65_HS1-834228961_62-HQ-83894_Section_8
Agency: FBI
Page 169
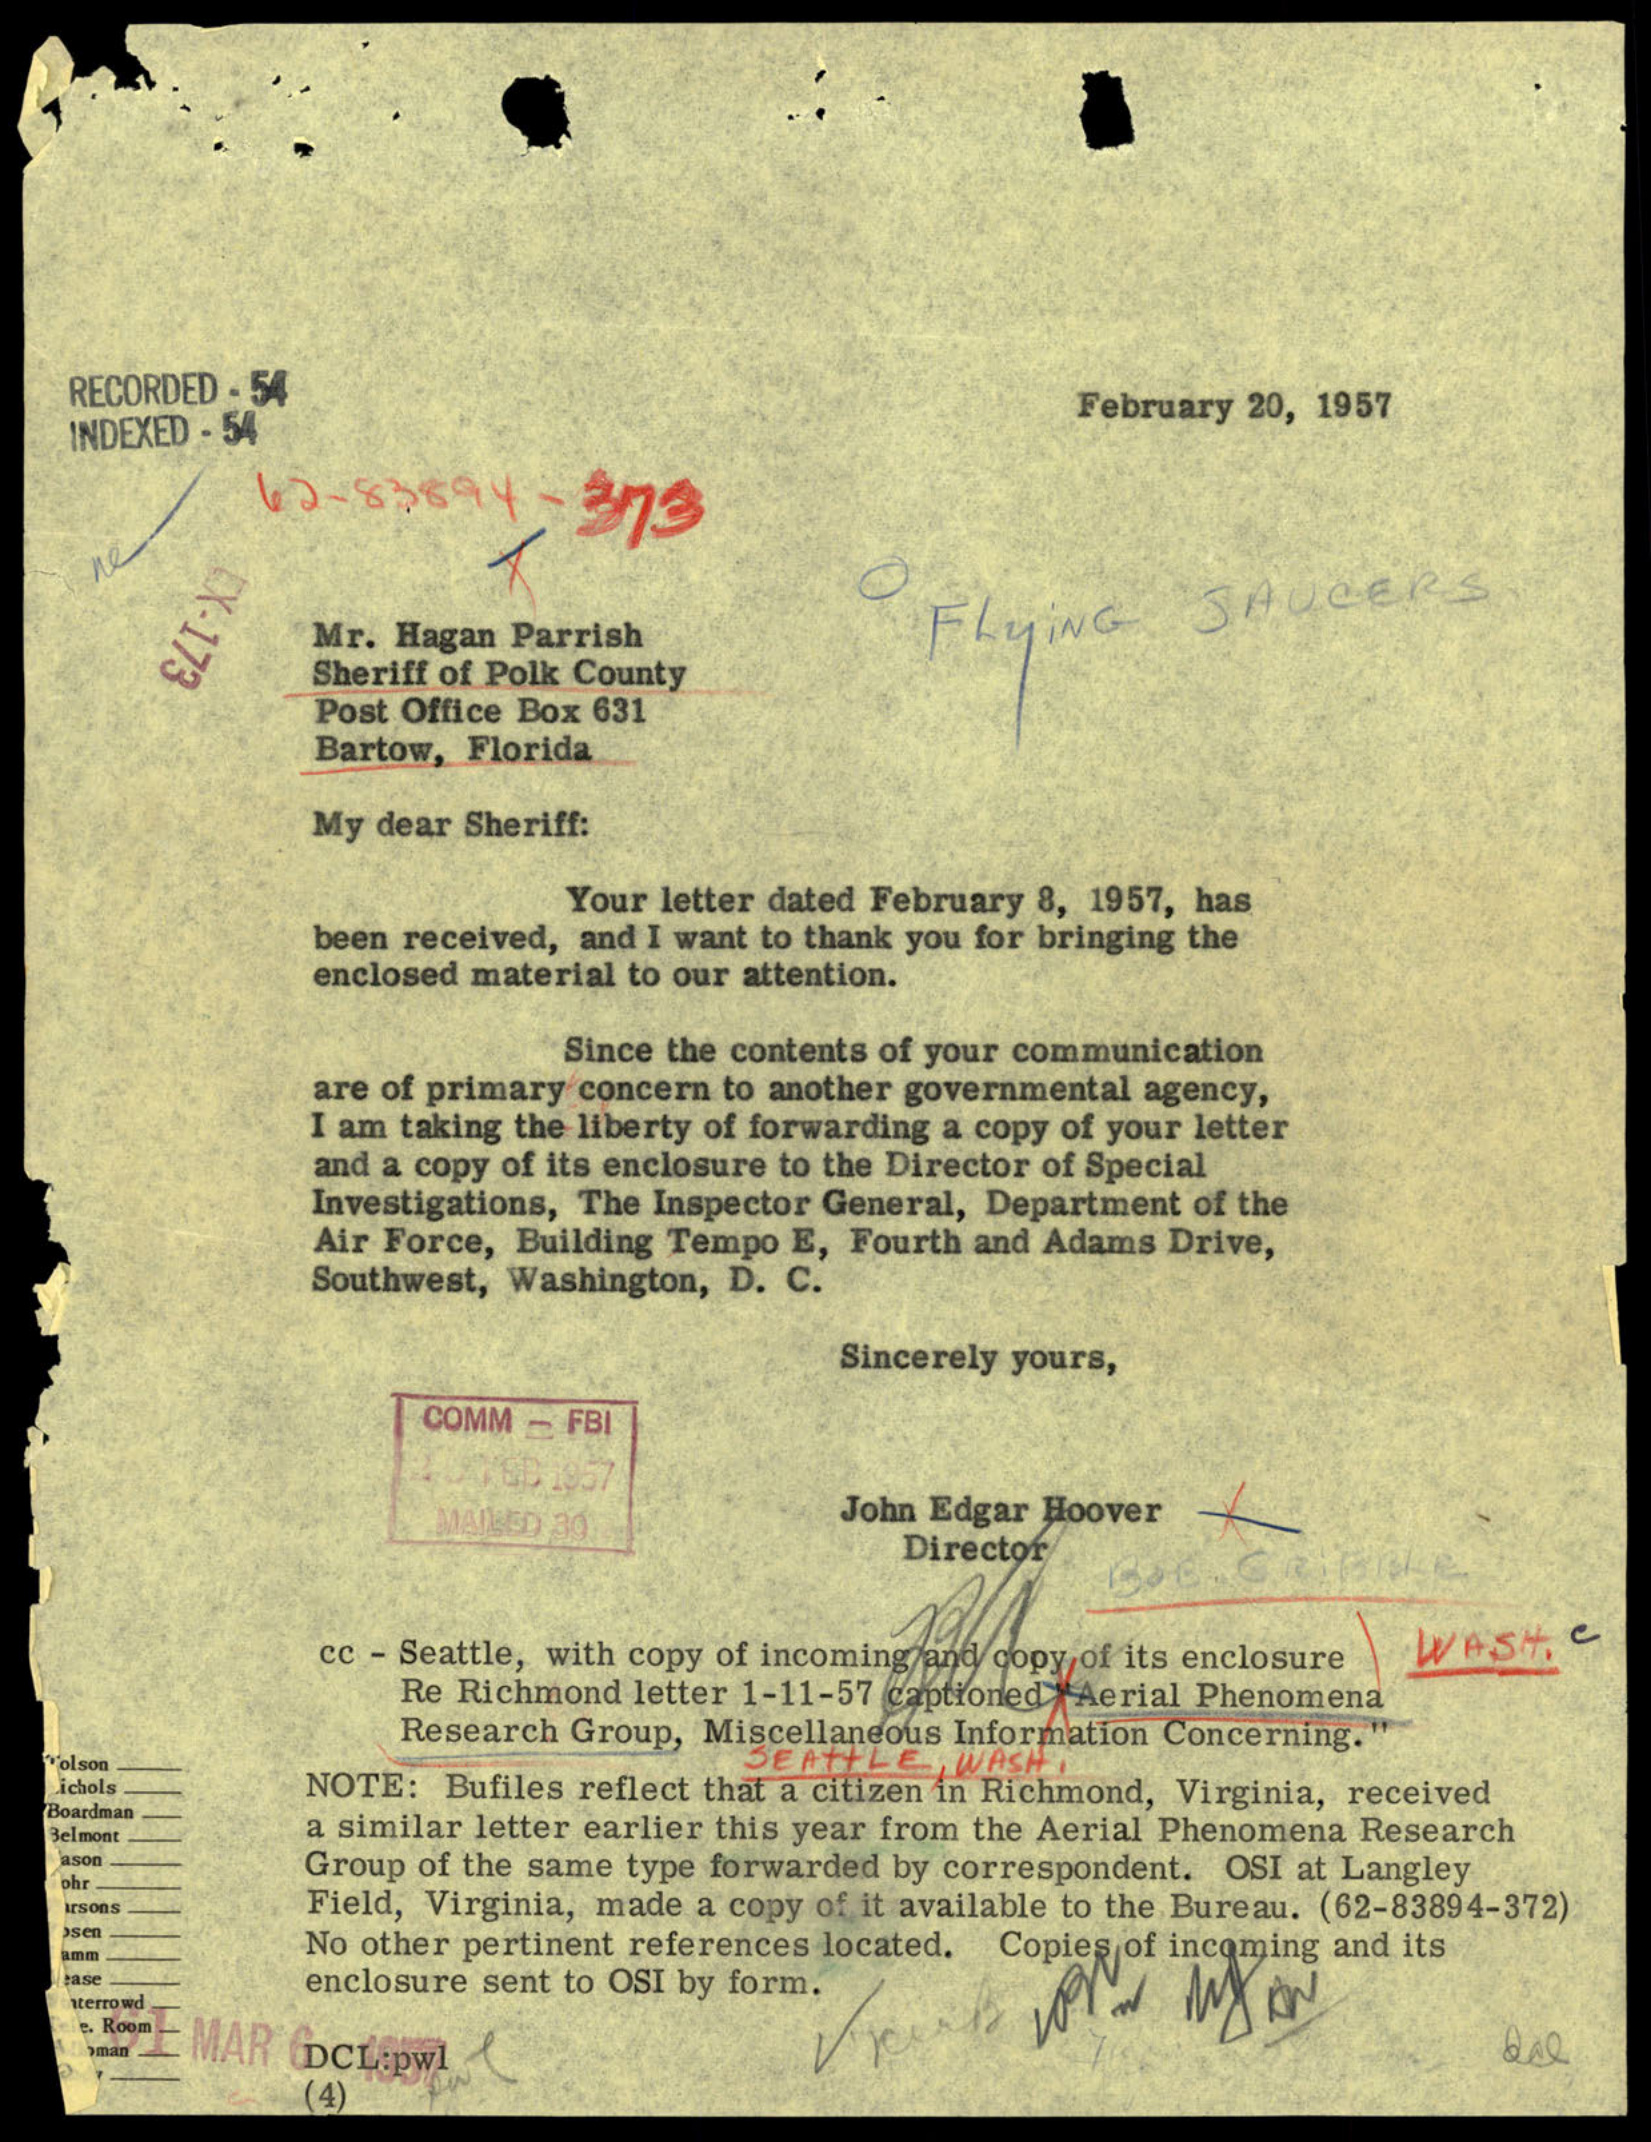